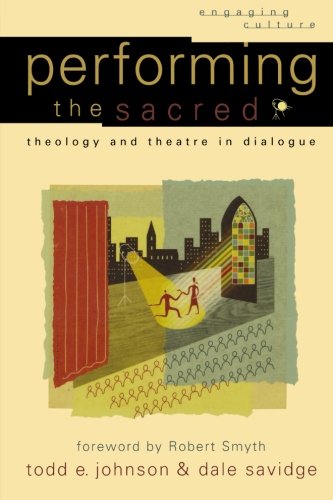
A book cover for Performing the Sacred: Theology and Theatre in Dialogue (Engaging Culture); Todd E. Johnson; Literature & Fiction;